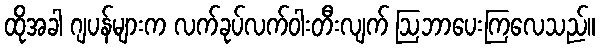
ထိုအခါ ဂျပန်များက လက်ခုပ်လက်ဝါးတီးလျက် ဩဘာပေးကြလေသည်။